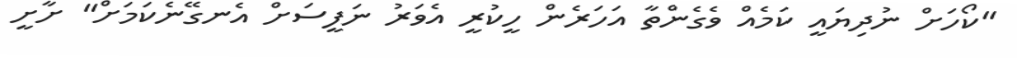
"ކޯހަށް ނުދިޔައީ ކަމެއް ވެގެންތާ އަހަރެން ހީކުރީ އެވަރު ނަފީސަށް އެނގޭނެކަމަށް" ށާށީ